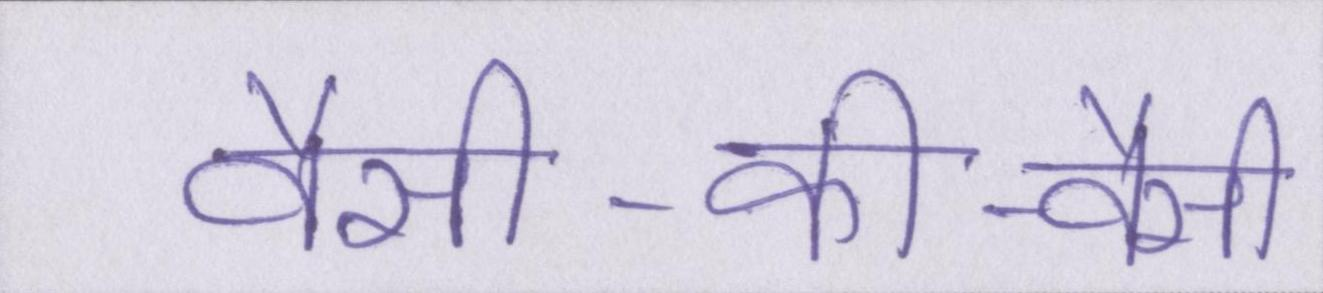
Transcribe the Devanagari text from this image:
वैसी-की-वैसी